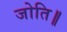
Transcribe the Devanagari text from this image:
जोति॥